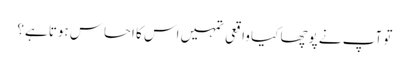
تو آپ نے پوچھا کیا واقعی تمہیں اس کا احساس ہوتا ہے؟